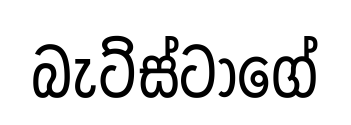
බැට්ස්ටාගේ